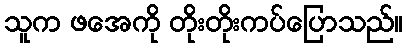
သူက ဖအေကို တိုးတိုးကပ်ပြောသည်။